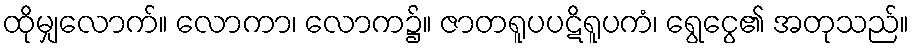
ထိုမျှလောက်။ လောကာ၊ လောက၌။ ဇာတရူပပဋိရူပကံ၊ ရွေငွေ၏ အတုသည်။